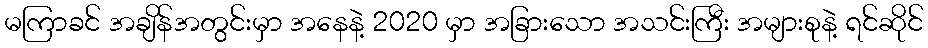
မကြာခင် အချိန်အတွင်းမှာ အနေနဲ့ 2020 မှာ အခြားသော အသင်းကြီး အများစုနဲ့ ရင်ဆိုင်